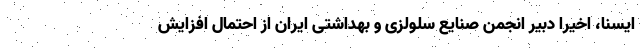
ایسنا، اخیرا دبیر انجمن صنایع سلولزی و بهداشتی ایران از احتمال افزایش